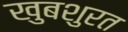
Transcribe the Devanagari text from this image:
खुबशुरत